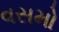
વસમો